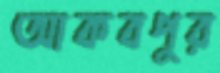
আকবপুর